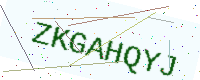
Text: ZKGAHQYJ